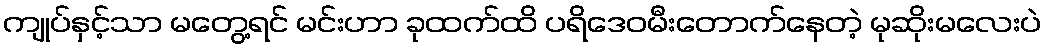
ကျုပ်နှင့်သာ မတွေ့ရင် မင်းဟာ ခုထက်ထိ ပရိဒေဝမီးတောက်နေတဲ့ မုဆိုးမလေးပဲ